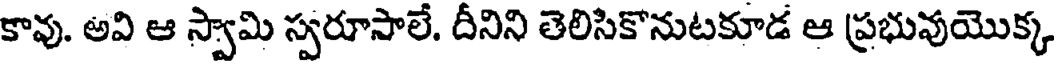
కావు. అవి ఆ స్వామి స్వరూసాలే. దీనిని తెలిసికొనుటకూడ ఆ ప్రభువుయొక్క